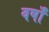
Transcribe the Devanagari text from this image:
वर्षाँ